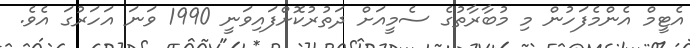
އެޓީމް އެންމެފަހުން މި މުބާރާތުގެ ސެމީއަށް ދަތުރުކޮށްފައިވަނީ 1990 ވަނަ އަހަރުގަ އެވެ.